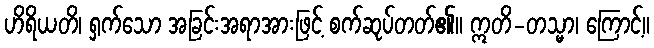
ဟိရိယတိ၊ ရှက်သော အခြင်းအရာအားဖြင့် စက်ဆုပ်တတ်၏။ ဣတိ-တသ္မာ၊ ကြောင့်။